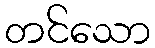
တင်သော